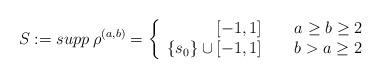
LaTeX: \begin{align*}S:=supp\> \rho^{(a,b)}=\left\{\begin{array}{r@{\quad\quad}l}[-1,1] & a\ge b\ge 2\\\{s_0\}\cup [-1,1] & b>a\ge2\end{array}\right.\end{align*}